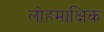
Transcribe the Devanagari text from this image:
लोहमाक्षिक